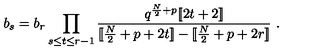
b _ { s } = b _ { r } \prod _ { s \le t \le r - 1 } { \frac { q ^ { { \frac { N } { 2 } } + p } [ \! [ 2 t + 2 ] \! ] } { [ \! [ { \frac { N } { 2 } } + p + 2 t ] \! ] - [ \! [ { \frac { N } { 2 } } + p + 2 r ] \! ] } } \ .